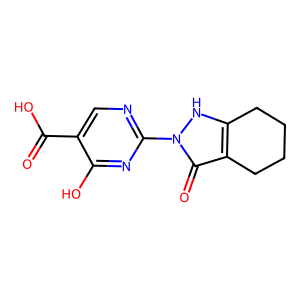
SMILES: O=C(O)c1cnc(-n2[nH]c3c(c2=O)CCCC3)nc1O
Inhibits HIV replication: No